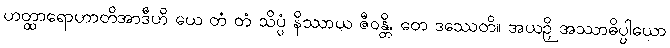
ဟတ္ထာရောဟာတိအာဒီဟိ ယေ တံ တံ သိပ္ပံ နိဿာယ ဇီဝန္တိ, တေ ဒဿေတိ။ အယဉှိ အဿာဓိပ္ပါယော